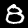
Label: 8